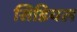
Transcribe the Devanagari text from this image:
सिडियल